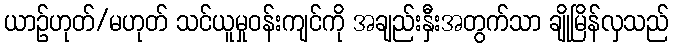
ယာဉ်ဟုတ်/မဟုတ် သင်ယူမှုဝန်းကျင်ကို အချည်းနှီးအတွက်သာ ချိုမြိန်လှသည်